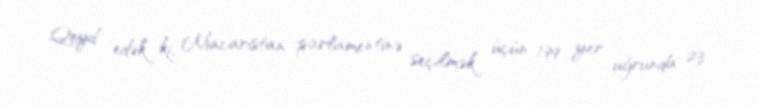
Qeyd edək ki, Macarıstan parlamentinə seçilmək üçün 199 yer uğrunda 23